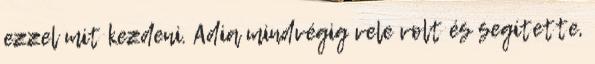
ezzel mit kezdeni. Adia mindvégig vele volt és segítette,